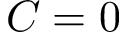
C = 0